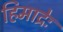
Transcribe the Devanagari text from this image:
हिमाद्रेः